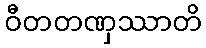
ဝီတတဏှဿာတိ